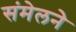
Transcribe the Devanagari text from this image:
संमेलनेे